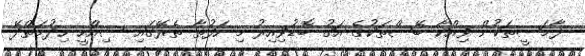
ފާމަސީތަކުން ވިއްކާ ބޭސްތަކުގެ އަގު ބޮޑުވިއިރު މި ހަފުތާ ތެރޭގައި ސިއްހީ ހިދުމަތްދޭ